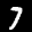
Label: 7